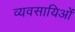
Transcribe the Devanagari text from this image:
व्यवसायिओं